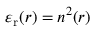
\varepsilon _ { \mathrm r } ( r ) = n ^ { 2 } ( r )